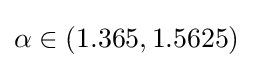
\alpha \in (1.365,1.5625)